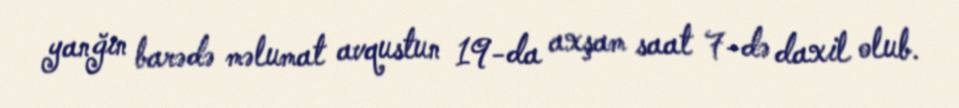
yanğın barədə məlumat avqustun 19-da axşam saat 7-də daxil olub.